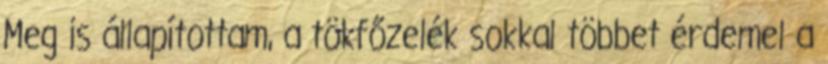
Meg is állapítottam, a tökfőzelék sokkal többet érdemel a